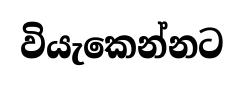
වියැකෙන්නට